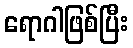
ရောဂါဖြစ်ပြီး